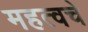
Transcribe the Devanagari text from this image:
महत्वचे